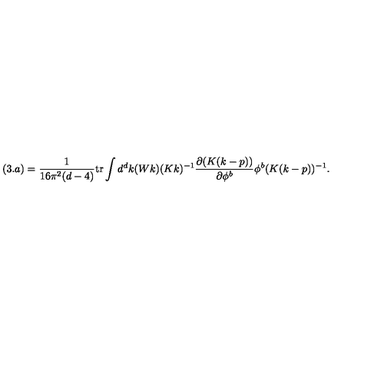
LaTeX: ( 3 . a ) = \frac { 1 } { 1 6 \pi ^ { 2 } ( d - 4 ) } \mathrm { t r } \int d ^ { d } k ( W k ) ( K k ) ^ { - 1 } \frac { \partial ( K ( k - p ) ) } { \partial \phi ^ { b } } \phi ^ { b } ( K ( k - p ) ) ^ { - 1 } .